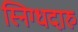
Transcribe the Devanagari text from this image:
स्निग्धदारु